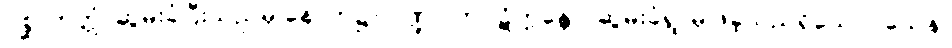
ပစ္ဆာဘတ္တံ၊ ဆွမ်းခံပြီးသည်မှ နောက်၌။ ပိဏ္ဍပါတပ္ပဋိက္ကန္တော၊ ဆွမ်းခံရွာမှ ဖဲခဲ့သည်ရှိသော်။ ယေန၊